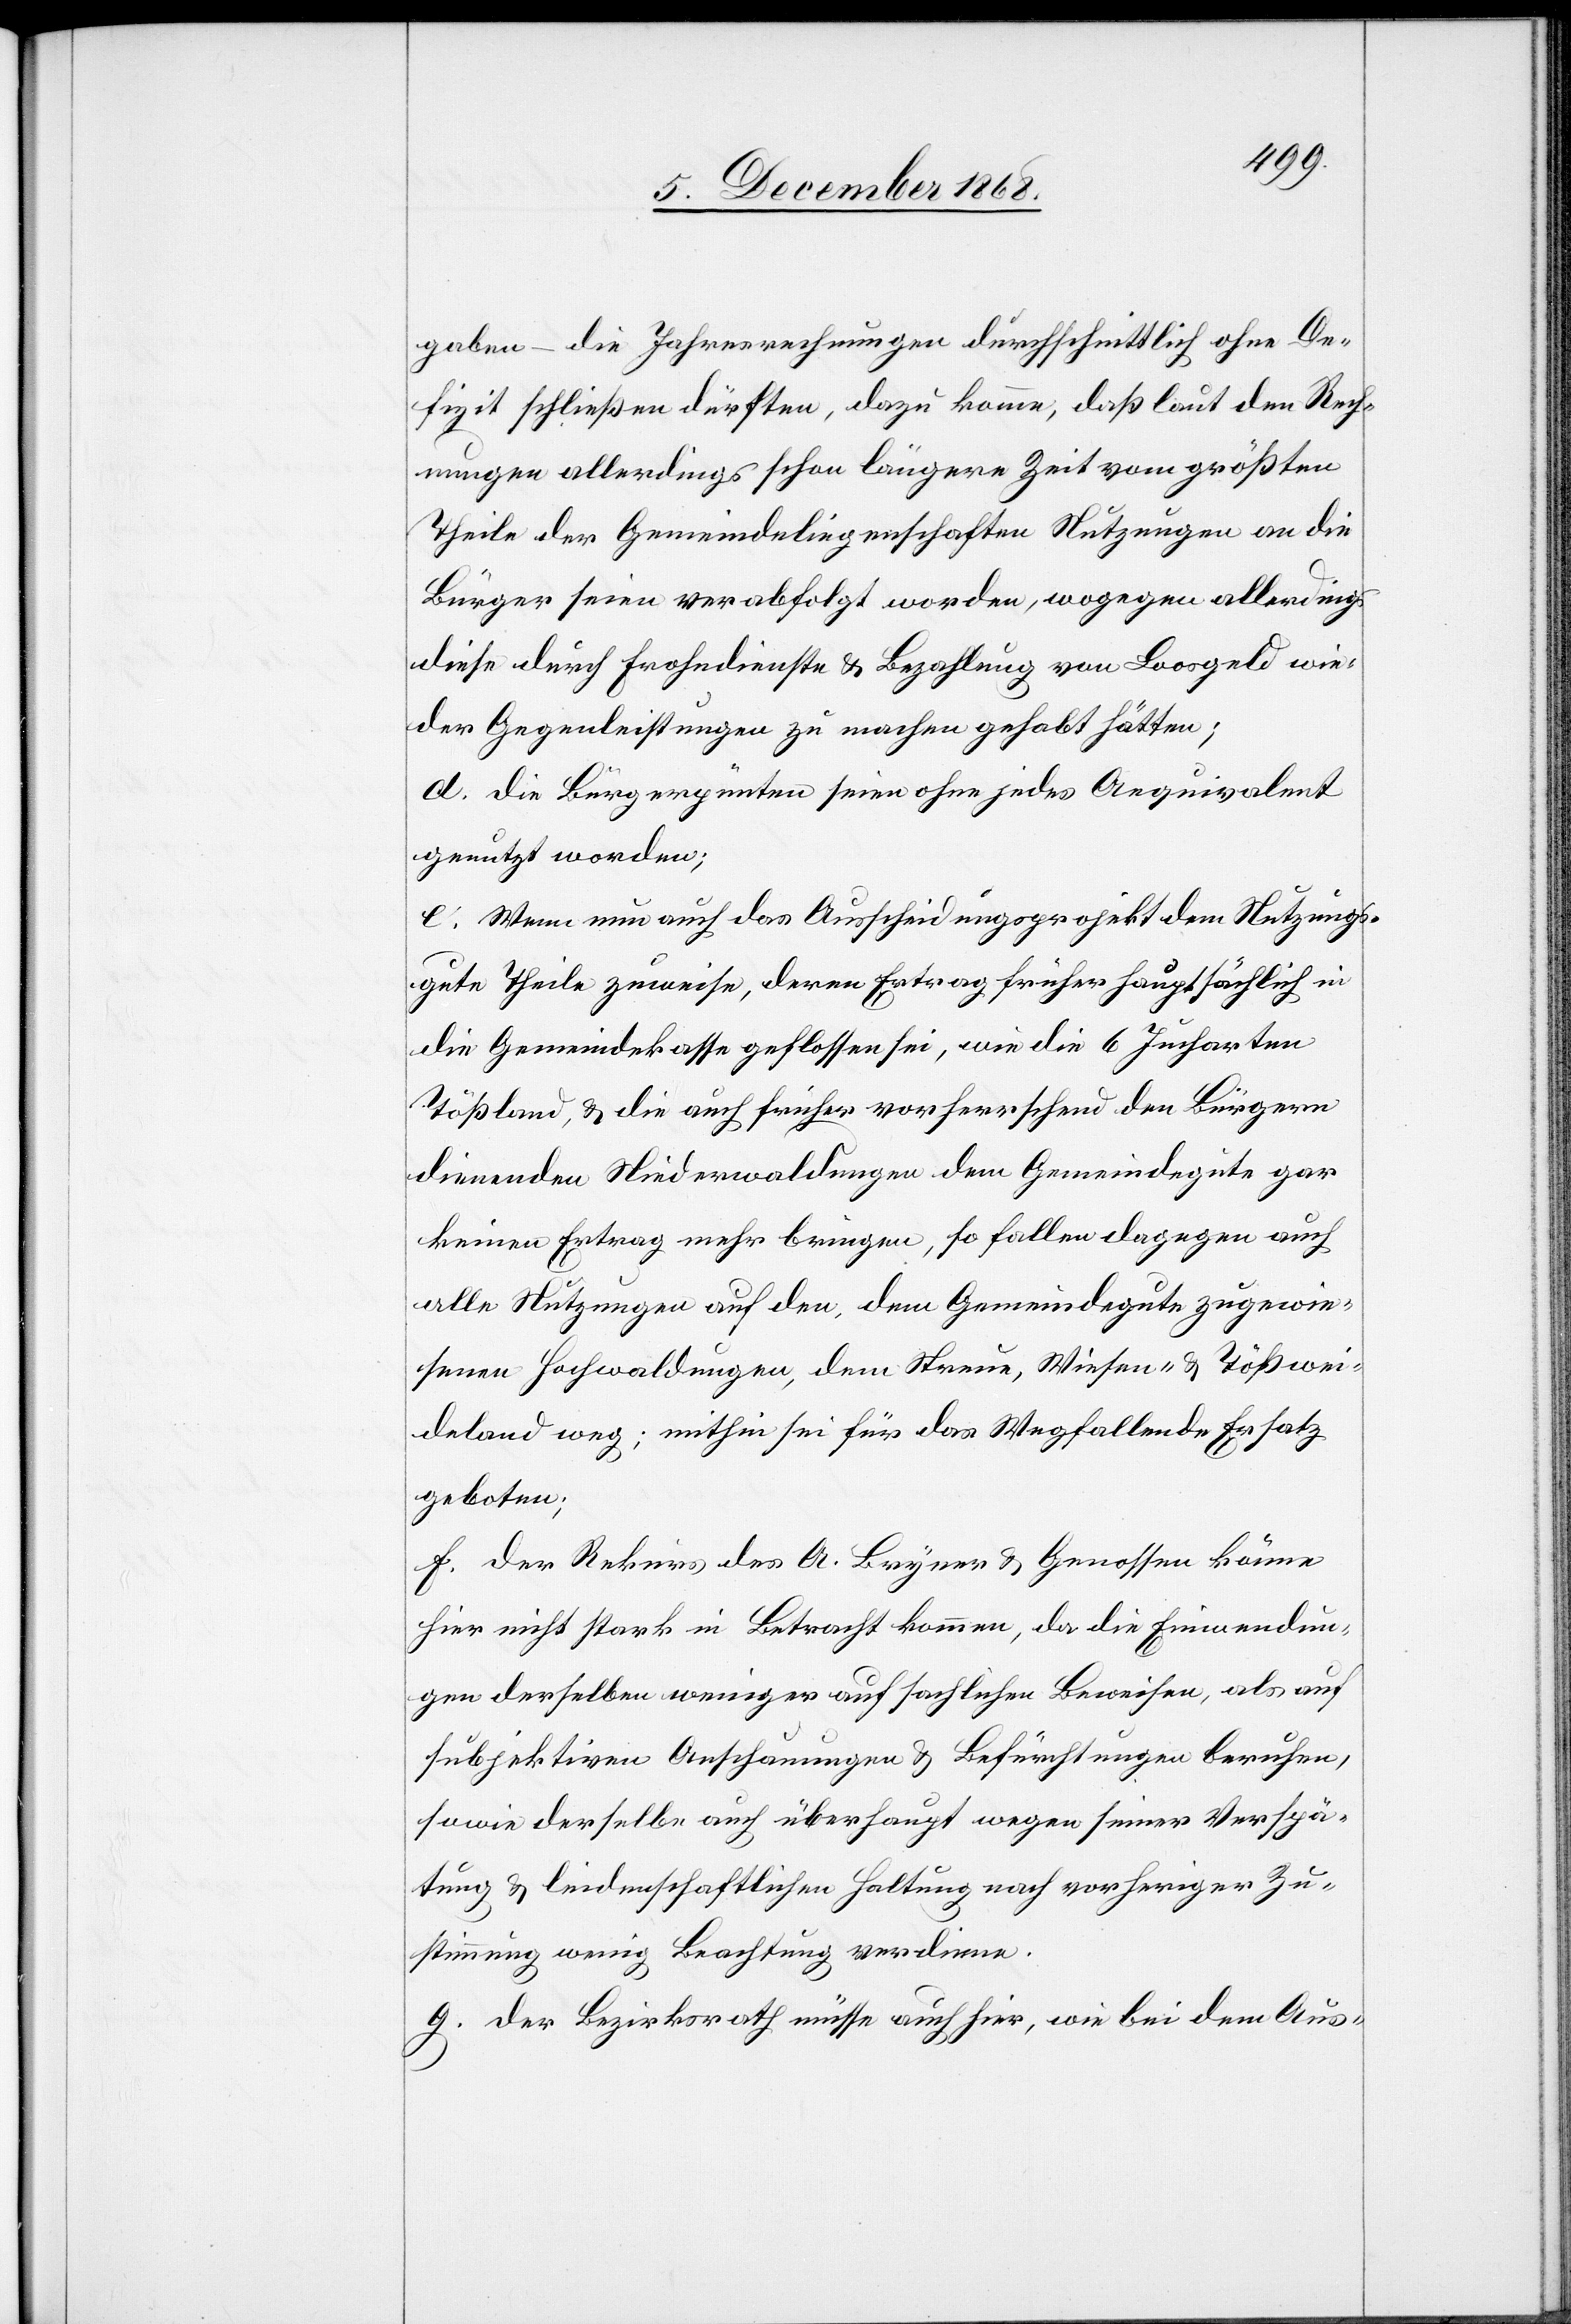
gaben – die Jahresrechnungen durchschnittlich ohne De¬
fizit schließen dürften, dazu komme, daß laut den Rech¬
nungen allerdings schon längere Zeit vom größten
Theile der Gemeindeliegenschaften Nutzungen an die
Bürger seien verabfolgt worden, wogegen allerdings
diese durch Frohndienste & Bezahlung von Loosgeld wie¬
der Gegenleistungen zu machen gehabt hätten;
d. Die Bürgerpünten seien ohne jedes Aequivalent
genutzt worden;
e. Wenn nun auch das Ausscheidungsprojekt dem Nutzungs¬
gute Theile zuweise, deren Ertrag früher hauptsächlich in
die Gemeindekasse geflossen sei, wie die 6 Jucharten
Tößland, & die auch früher vorherrschend den Bürgern
dienenden Niederwaldungen dem Gemeindegute gar
keinen Ertrag mehr bringen, so fallen dagegen auch
alle Nutzungen auf den, dem Gemeindegute zugewie¬
senen Hochwaldungen, dem Streue[-], Wiesen- & Tößwei¬
deland weg; mithin sei für das Wegfallende Ersatz
geboten;
f. Der Rekurs des A. Bryner & Genossen könne
hier nicht stark in Betracht kommen, da die Einwendun¬
gen derselben weniger auf sachlichen Beweisen, als auf
subjektiven Anschauungen & Befürchtungen beruhen,
sowie derselbe auch überhaupt wegen seiner Verspä¬
tung & leidenschaftlichen Haltung nach vorheriger Zu¬
stimmung wenig Beachtung verdiene.
g. Der Bezirksrath müsse auch hier, wie bei dem Aus-